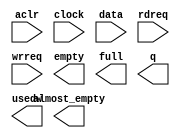
module fifo_1kx16 (
	aclr,
	clock,
	data,
	rdreq,
	wrreq,
	almost_empty,
	empty,
	full,
	q,
	usedw);

	input	  aclr;
	input	  clock;
	input	[15:0]  data;
	input	  rdreq;
	input	  wrreq;
	output	  almost_empty;
	output	  empty;
	output	  full;
	output	[15:0]  q;
	output	[9:0]  usedw;

endmodule